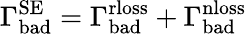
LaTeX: \Gamma_{\mathrm{bad}}^{\mathrm{SE}}=\Gamma_{\mathrm{bad}}^{\mathrm{rloss}}+\Gamma_{\mathrm{bad}}^{\mathrm{nloss}}